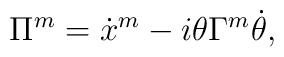
\Pi^m=\dot x^m-i\theta\Gamma^m\dot\theta,